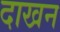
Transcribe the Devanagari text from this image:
दाखन